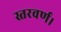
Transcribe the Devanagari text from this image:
स्तरवर्ण।